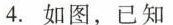
4.如图，已知